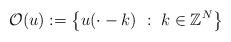
LaTeX: \begin{align*}\mathcal{O}(u) := \left\{ u( \cdot - k) \ : \ k \in \mathbb{Z}^N \right\}\end{align*}